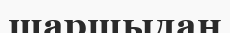
шаршыдан